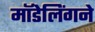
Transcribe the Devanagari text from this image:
मॉडेलिंगने